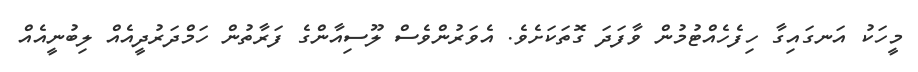
މީހަކު އަނގައިގާ ހިފެހެއްޓުމުން ވާފަދަ ގޮތަކަށެވެ. އެވަރުންވެސް ލޫސިއާންގެ ފަރާތުން ހަމްދަރުދީއެއް ލިބުނީއެއް